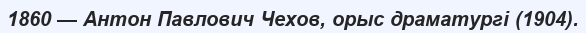
1860 — Антон Павлович Чехов, орыс драматургі (1904).